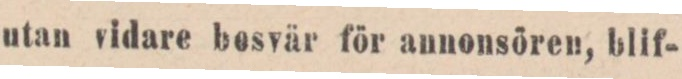
utan vidare bosvär för annonsören, blif-